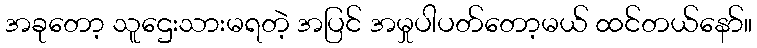
အခုတော့ သူဌေးသားမရတဲ့ အပြင် အမှုပါပတ်တော့မယ် ထင်တယ်နော်။